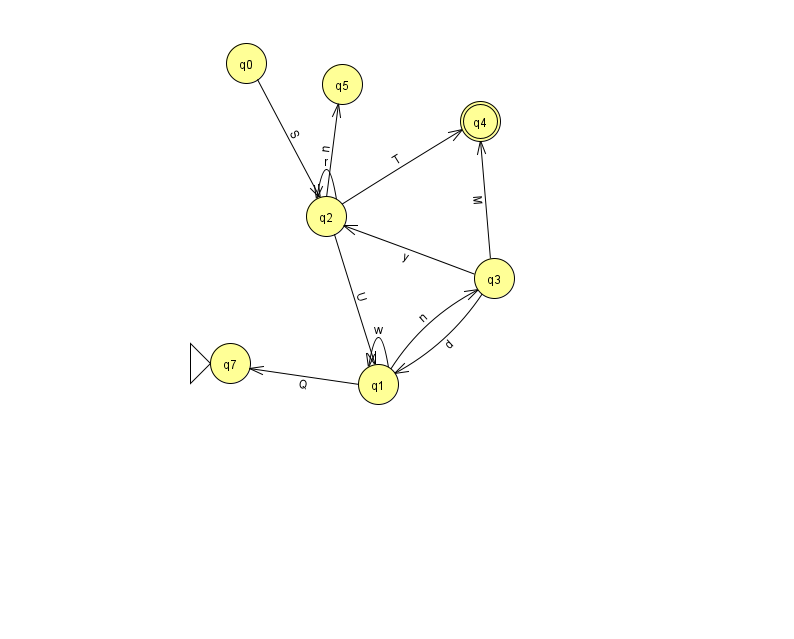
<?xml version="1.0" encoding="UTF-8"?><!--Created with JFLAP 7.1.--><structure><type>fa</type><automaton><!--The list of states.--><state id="0" name="q0"><x>246.0</x><y>50.0</y></state><state id="1" name="q1"><x>378.0</x><y>371.0</y></state><state id="2" name="q2"><x>326.0</x><y>203.0</y></state><state id="3" name="q3"><x>494.0</x><y>265.0</y></state><state id="4" name="q4"><x>480.0</x><y>108.0</y><final/></state><state id="5" name="q5"><x>342.0</x><y>71.0</y></state><state id="7" name="q7"><x>230.0</x><y>350.0</y><initial/></state><!--The list of transitions.--><transition><from>3</from><to>1</to><read>d</read></transition><transition><from>1</from><to>7</to><read>Q</read></transition><transition><from>3</from><to>4</to><read>M</read></transition><transition><from>0</from><to>2</to><read>S</read></transition><transition><from>2</from><to>2</to><read>r</read></transition><transition><from>3</from><to>2</to><read>y</read></transition><transition><from>1</from><to>1</to><read>w</read></transition><transition><from>2</from><to>4</to><read>T</read></transition><transition><from>1</from><to>3</to><read>n</read></transition><transition><from>2</from><to>5</to><read>n</read></transition><transition><from>2</from><to>1</to><read>U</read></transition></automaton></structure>